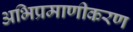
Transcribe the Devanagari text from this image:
अभिप्रमाणीकरण